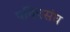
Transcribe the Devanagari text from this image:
पवित्रसंघ